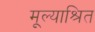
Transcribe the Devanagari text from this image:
मूल्याश्रित